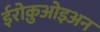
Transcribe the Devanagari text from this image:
ईरोक़ुओइअन